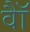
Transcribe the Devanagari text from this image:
वॉै